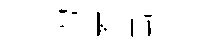
为葬萬